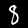
Label: 8